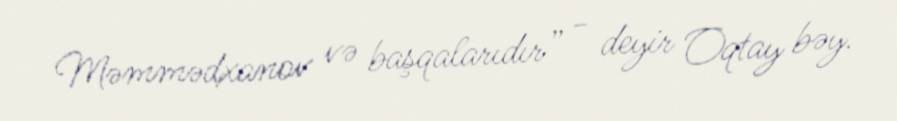
Məmmədxanov və başqalarıdır” - deyir Oqtay bəy.